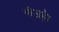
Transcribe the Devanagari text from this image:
चीजहै।